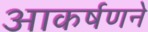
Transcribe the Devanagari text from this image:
आकर्षणने